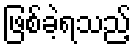
ဖြစ်ခဲ့ရသည့်